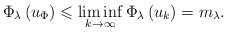
\begin{align*}\Phi _{\lambda}\left(u_{\Phi}\right) \leqslant \liminf _{k \rightarrow \infty} \Phi _{\lambda}\left(u_{k}\right)=m_{\lambda} .\end{align*}